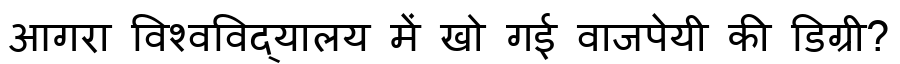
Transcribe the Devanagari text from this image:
आगरा विश्वविद्यालय में खो गई वाजपेयी की डिग्री?